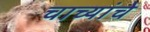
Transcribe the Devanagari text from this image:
चाच्यांचे